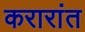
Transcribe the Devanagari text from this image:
करारांत